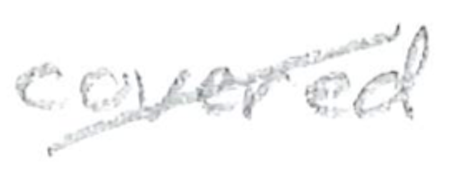
Text: covered
Cross-out: diagonal
Writing tool: pencil